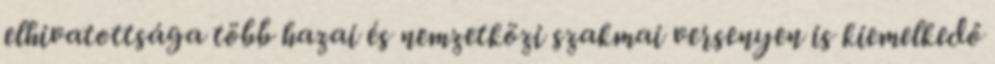
elhivatottsága több hazai és nemzetközi szakmai versenyen is kiemelkedő